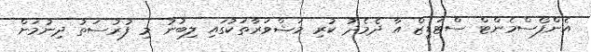
އެންފޯސްމެންޓް ސްޓަޑީޒް އާ ދެމެދު ކުރި މަޝްވަރާތަކުގައި ލިބުނު މި ފުރުސަތު ދިނުމަށް